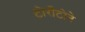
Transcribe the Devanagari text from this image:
टोराँटोने